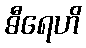
ဓီရေဟိ